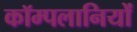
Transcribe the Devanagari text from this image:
कॉम्पलानियों